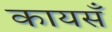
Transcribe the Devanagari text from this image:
कायसँ